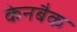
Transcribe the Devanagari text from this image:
केनबैक